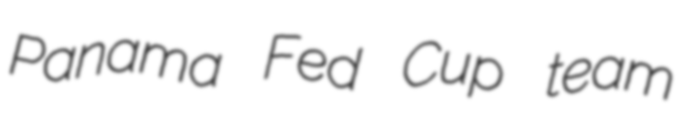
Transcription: Panama Fed Cup team